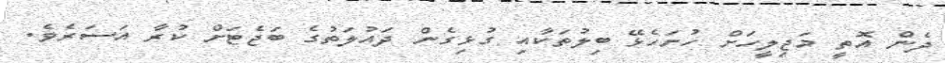
ދެން އޮތީ މަޖިލީހަށް ހުށަހެޅޭ ބިލުތަކާއި ގުޅިގެން ދައުލަތުގެ ބަޖެޓަށް ކުރާ އަސަރެވެ.